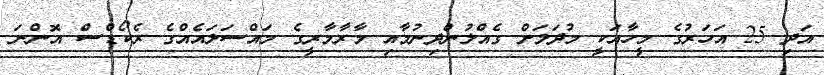
އަދި 25 އަހަރުގެ މީހާއަކީ މުދަލަށް ގެއްލުންދިނުމާއި މާރާމާރީގެ މައްސަލައެއްގެ ރެކޯޑްސް އޮންނަ